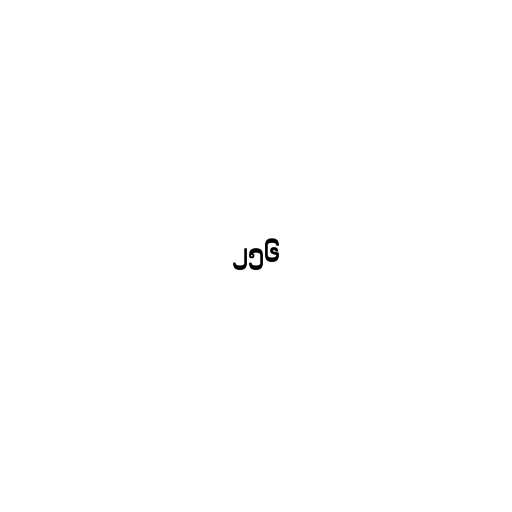
၂၅၆